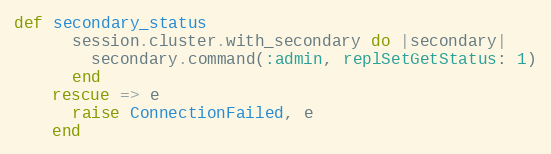
Language: Ruby
def secondary_status
      session.cluster.with_secondary do |secondary|
        secondary.command(:admin, replSetGetStatus: 1)
      end
    rescue => e
      raise ConnectionFailed, e
    end